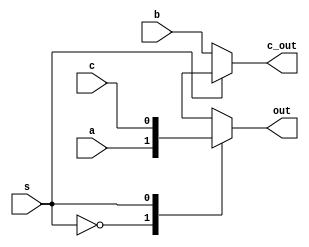
module mux3_1(output reg out, c_out, input wire a, b, c, input wire s);
	always@(s or a or b or c)
		case(s)
			0:	begin
				c_out = b; out = a;
				end
			1:	begin
				out = c;
				c_out = 1'bx;
				end
			default:	begin
						c_out = 0; out = 0;
						end
		endcase
endmodule